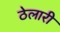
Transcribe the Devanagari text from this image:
ठेलारी